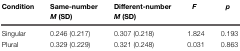
| Condition | Same-number M (SD) | Different-number M (SD) | F | p |
 | --- | --- | --- | --- | --- |
 | Singular | 0.246 (0.217) | 0.307 (0.218) | 1.824 | 0.193 |
 | Plural | 0.329 (0.229) | 0.321 (0.248) | 0.031 | 0.863 |